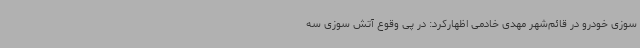
سوزی خودرو در قائم‌شهر مهدی خادمی اظهارکرد: در پی وقوع آتش سوزی سه